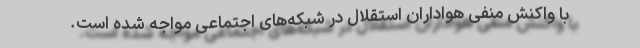
با واکنش منفی هواداران استقلال در شبکه‌های اجتماعی مواجه شده است.